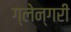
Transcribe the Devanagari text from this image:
ग्लेन्गरी